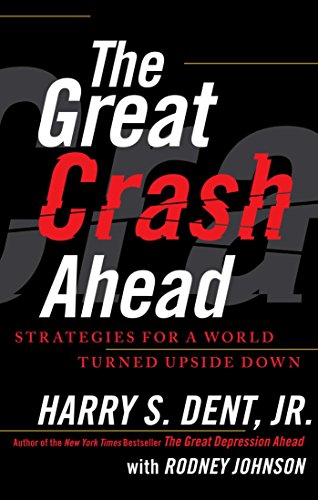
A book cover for The Great Crash Ahead: Strategies for a World Turned Upside Down; Harry S. Dent Jr.; Business & Money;